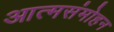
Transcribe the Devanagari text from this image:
आत्मसंमोहन